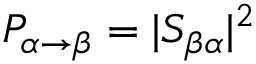
P _ { \alpha \to \beta } = | S _ { \beta \alpha } | ^ { 2 }